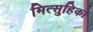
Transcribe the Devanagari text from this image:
मित्सुहिको